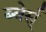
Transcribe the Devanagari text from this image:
ब्वेर्स्